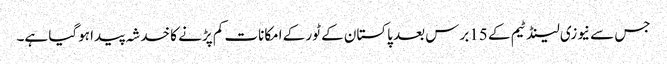
جس سے نیوزی لینڈ ٹیم کے 15برس بعد پاکستان کے ٹور کے امکانات کم پڑنے کا خدشہ پیدا ہوگیا ہے۔